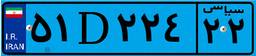
۵۱D۲۲۴۲۲